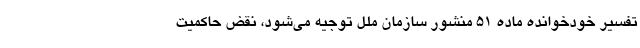
تفسیر خودخوانده ماده ۵۱ منشور سازمان ملل توجیه می‌شود، نقض حاکمیت